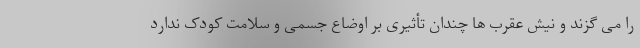
را می گزند و نیش عقرب ها چندان تأثیری بر اوضاع جسمی و سلامت کودک ندارد